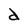
Character: d